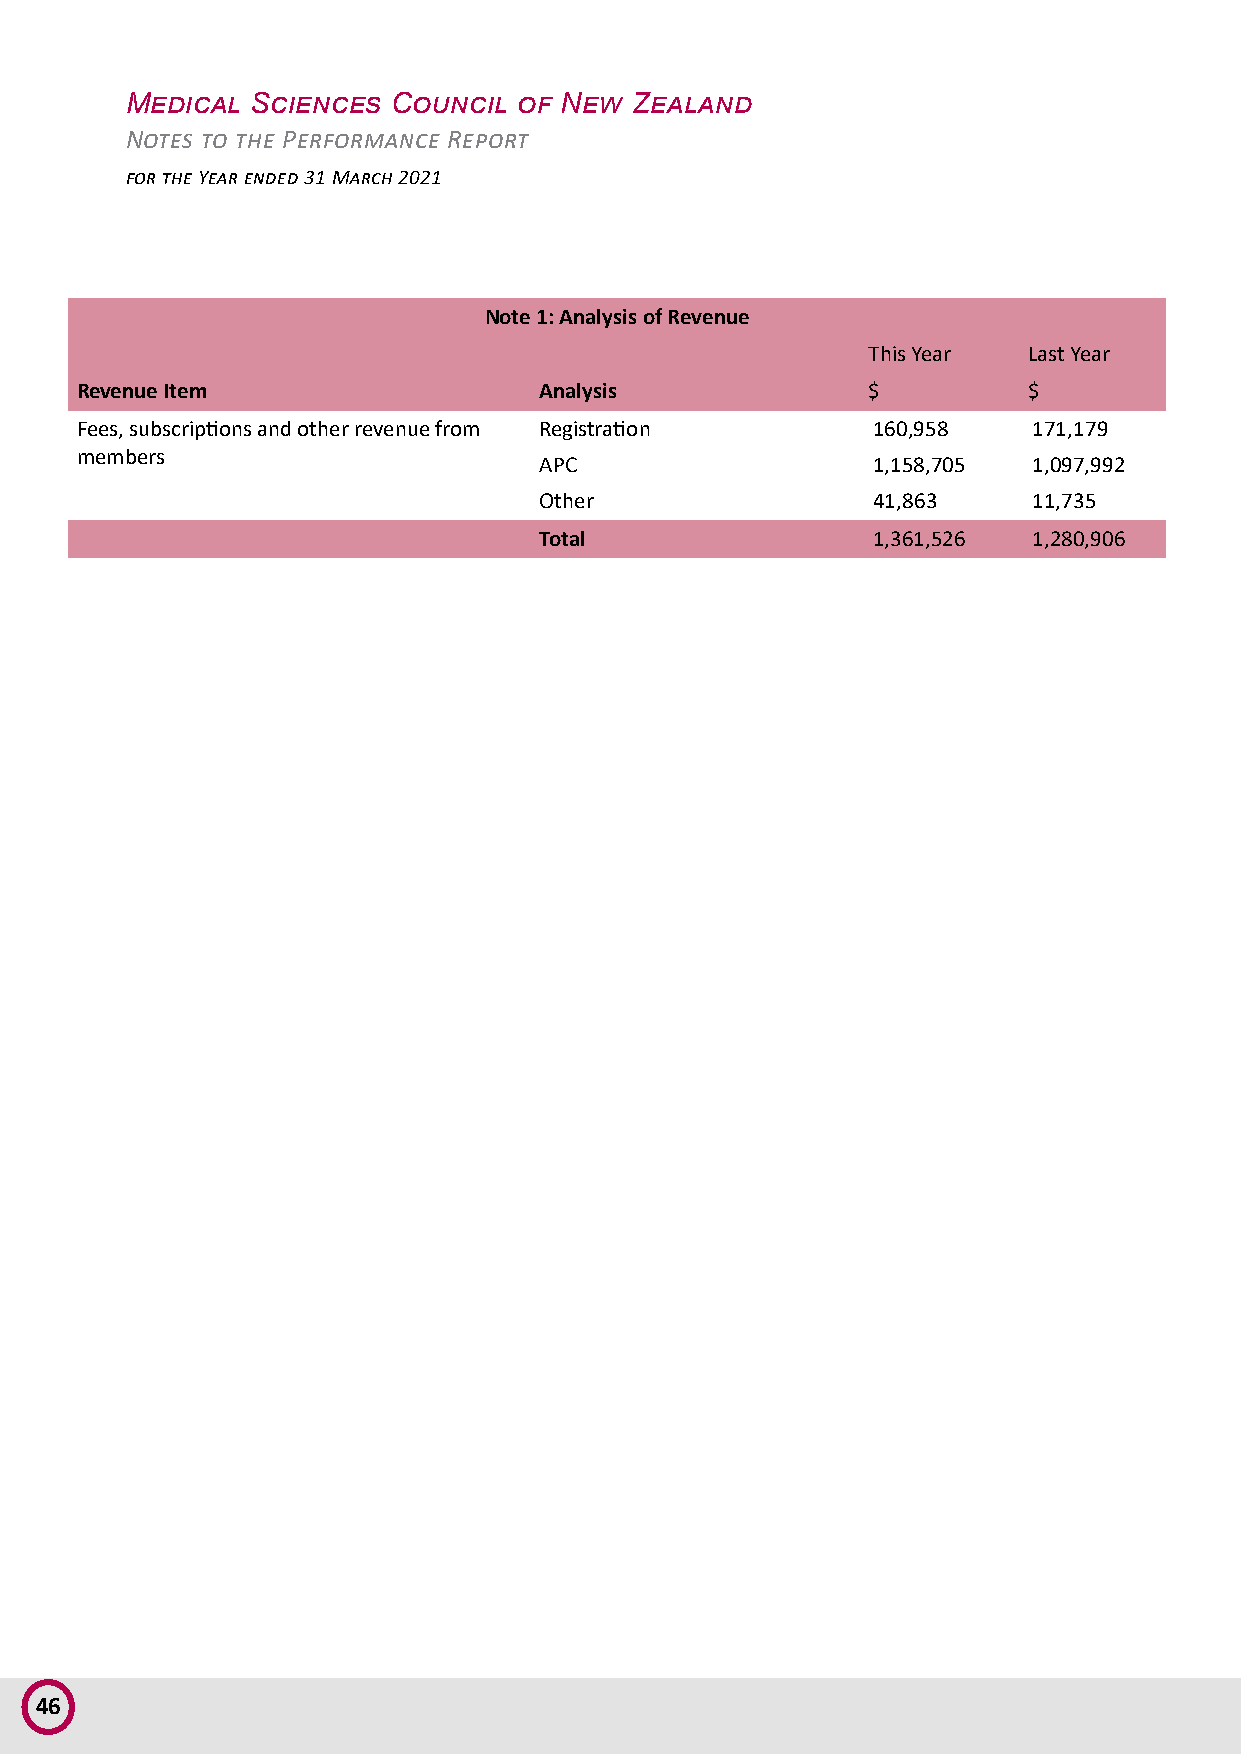
Medical  Sciences Council of New  Zealand
 Notes to the Performance Report
 for the Year ended 31 March 2021
 Note 1: Analysis of Revenue
 This Year  Last Year
 Revenue Item                   Analysis             $          $
 Fees, subscriptions and other revenue from Registration 160,958 171,179
 members
 APC                   1,158,705 1,097,992
 Other                 41,863    11,735
 Total                 1,361,526 1,280,906
 46